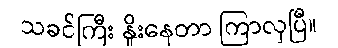
သခင်ကြီး နှိုးနေတာ ကြာလှပြီ။